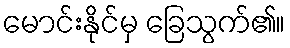
မောင်းနိုင်မှ ခြေသွက်၏။